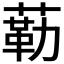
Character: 𱾐